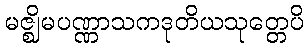
မဇ္ဈိမပဏ္ဏာသကဒုတိယသုတ္တေပိ